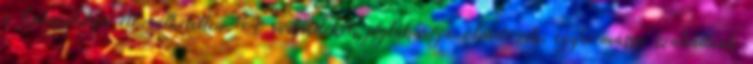
a katasztrófa elkerülhetetlen. A sarkvidékek jégtakarója olvadozik, egyre-másra szakadnak